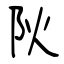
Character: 阦